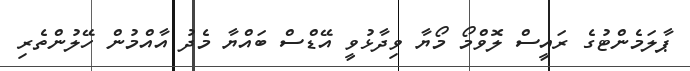
ޕާލަމެންޓުގެ ރައީސް ލޮވްމޯ މޯޔާ ވިދާޅުވީ އޭޑްސް ބައްޔާ މެދު އާއްމުން ހޭލުންތެރި